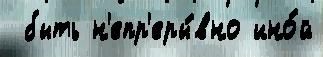
 быть н'епр'еры́вно ино́й